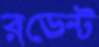
রডেন্ট